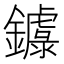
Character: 𨮦